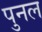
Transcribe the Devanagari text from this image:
पुनल